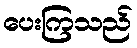
ပေးကြသည်